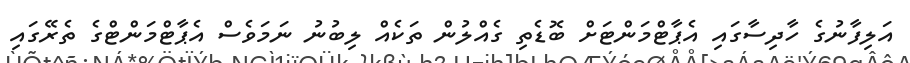
އަލިފާނުގެ ހާދިސާގައި އެޕާޓްމަންޓަށް ބޮޑެތި ގެއްލުން ތަކެއް ލިބުނު ނަމަވެސް އެޕާޓްމަންޓްގެ ތެރޭގައި